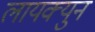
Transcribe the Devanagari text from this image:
लायक्युन